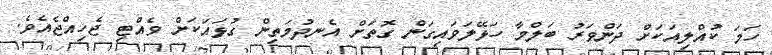
ހަމަ ކުއްލިއަކަށް ދަންވަރު ބަލްމާ ހަޅޭލަވައިގަން ގޮތަށް އެނދުމަތިން ގުޅައަކަށް ވެއްޓި ޖެހިއްޖެއެވެ.